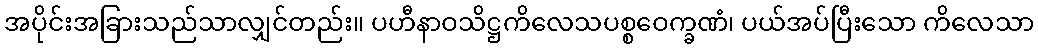
အပိုင်းအခြားသည်သာလျှင်တည်း။ ပဟီနာဝသိဋ္ဌကိလေသပစ္စဝေက္ခဏံ၊ ပယ်အပ်ပြီးသော ကိလေသာ